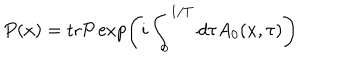
LaTeX: P ( x ) = \mathrm { t r } { \cal P } \exp \left( i \int _ { 0 } ^ { 1 / T } d \tau A _ { 0 } ( x , \tau ) \right)